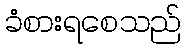
ခံစားရစေသည်